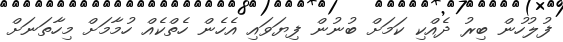
ފުލުހުން ބިރު ދެއްކި ކަމަށް ބުނުން ފިޔަވައި އެހެން ހެތްކެއް ހުމާމަށް މިހާތަނަށް